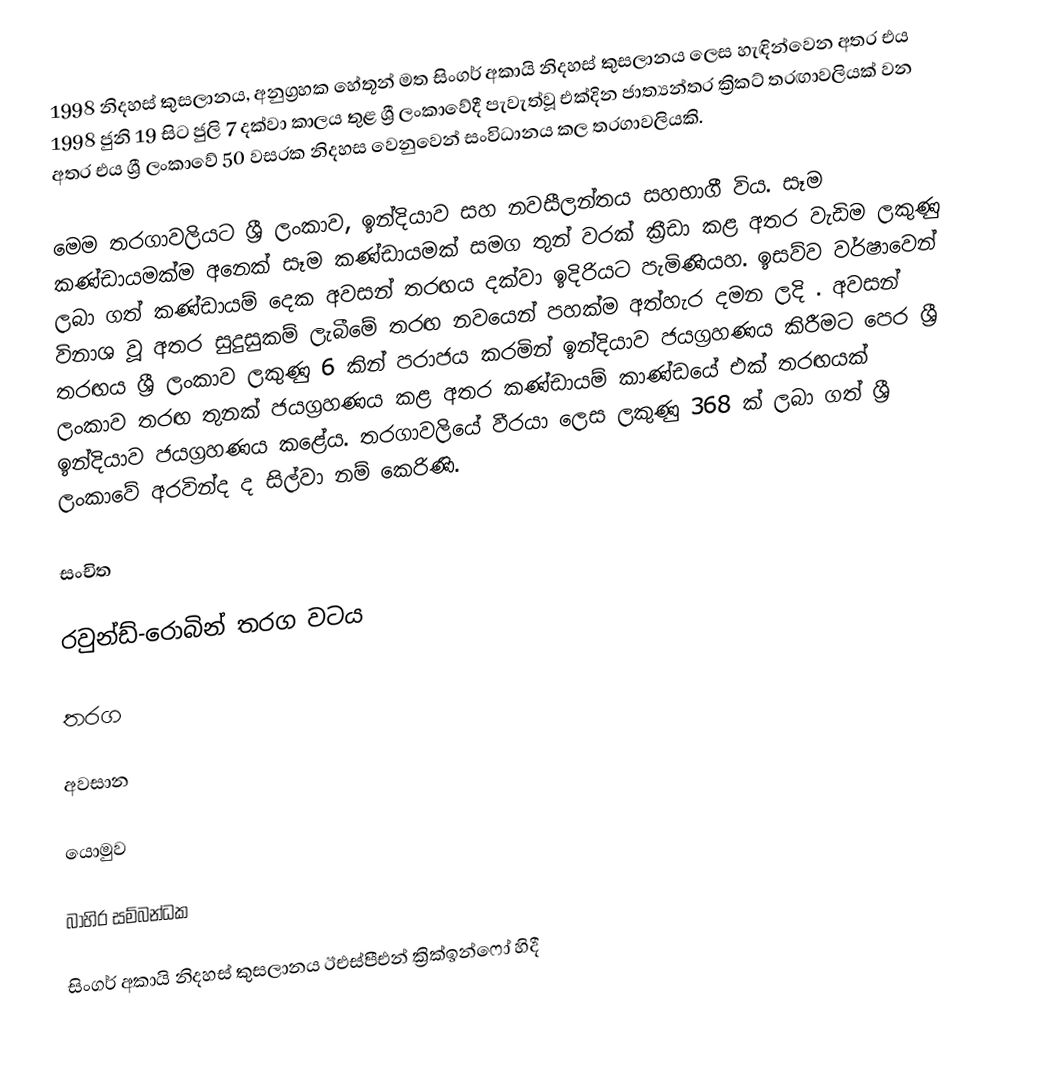
1998 නිදහස් කුසලානය, අනුග්‍රහක හේතූන් මත සිංගර් අකායි නිදහස් කුසලානය ලෙස හැඳින්වෙන අතර එය 1998 ජුනි 19 සිට ජුලි 7 දක්වා කාලය තුළ ශ්‍රී ලංකාවේදී පැවැත්වූ එක්දින ජාත්‍යන්තර ක්‍රිකට් තරඟාවලියක් වන අතර එය ශ්‍රී ලංකාවේ 50 වසරක නිදහස වෙනුවෙන් සංවිධානය කල තරගාවලියකි.

මෙම තරගාවලියට ශ්‍රී ලංකාව, ඉන්දියාව සහ නවසීලන්තය සහභාගී විය. සෑම කණ්ඩායමක්ම අනෙක් සෑම කණ්ඩායමක් සමග තුන් වරක් ක්‍රීඩා කළ අතර වැඩිම ලකුණු ලබා ගත් කණ්ඩායම් දෙක අවසන් තරඟය දක්වා ඉදිරියට පැමිණියහ. ඉසව්ව වර්ෂාවෙන් විනාශ වූ අතර සුදුසුකම් ලැබීමේ තරඟ නවයෙන් පහක්ම අත්හැර දමන ලදි . අවසන් තරඟය ශ්‍රී ලංකාව ලකුණු 6 කින් පරාජය කරමින් ඉන්දියාව ජයග්‍රහණය කිරීමට පෙර ශ්‍රී ලංකාව තරඟ තුනක් ජයග්‍රහණය කළ අතර කණ්ඩායම් කාණ්ඩයේ එක් තරඟයක් ඉන්දියාව ජයග්‍රහණය කළේය.  තරගාවලියේ වීරයා ලෙස ලකුණු 368 ක් ලබා ගත් ශ්‍රී ලංකාවේ අරවින්ද ද සිල්වා නම් කෙරිණි.

සංචිත

රවුන්ඩ්-රොබින් තරග වටය

තරග

අවසාන

යොමුව

බාහිර සම්බන්ධක

 සිංගර් අකායි නිදහස් කුසලානය ඊඑස්පීඑන් ක්‍රික්ඉන්ෆෝ හිදී